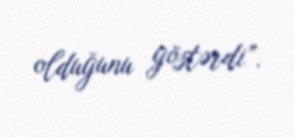
olduğunu göstərdi”.